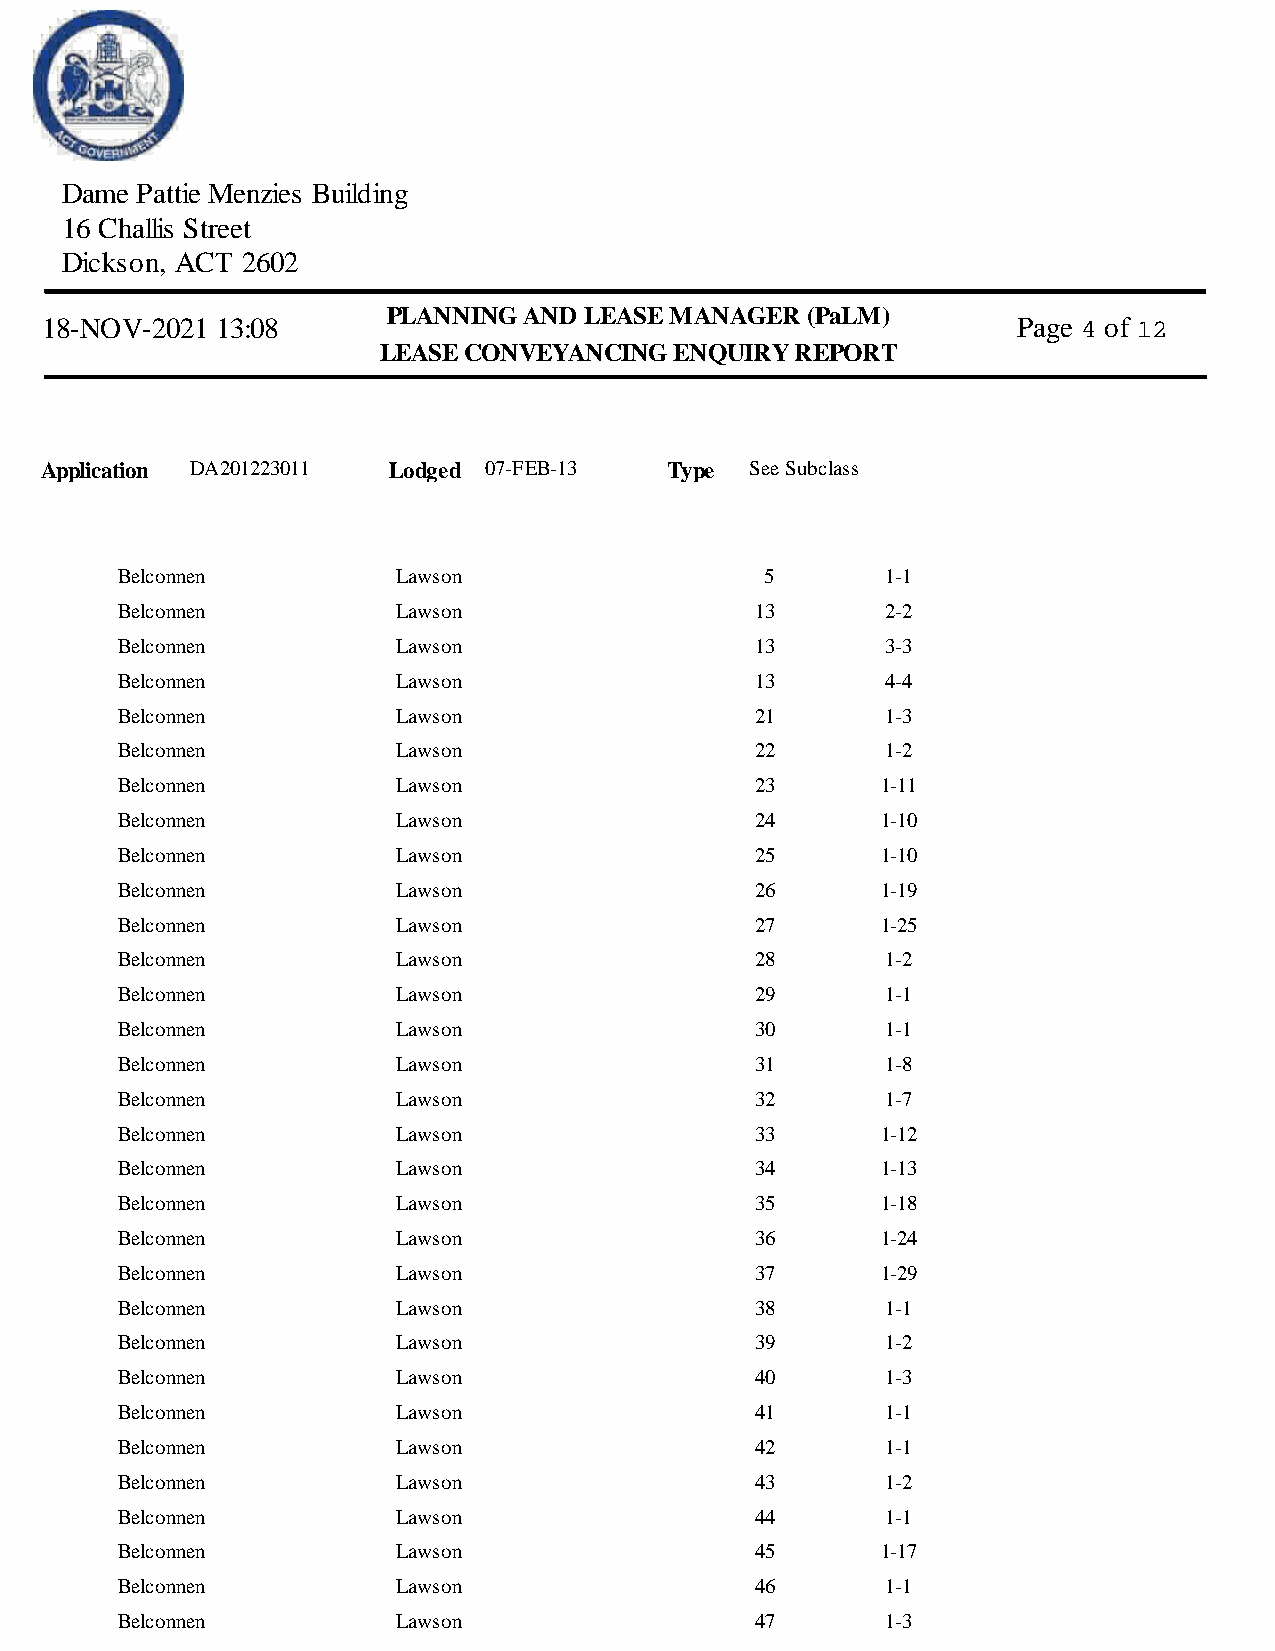
Dame Pattie Menzies Building
 16 Challis Street
 Dickson, ACT 2602
 PLANNING AND LEASE MANAGER  (PaLM)
 18-NOV-2021 13:08                                               Page 4 of 12
 LEASE CONVEYANCING  ENQUIRY  REPORT
 Application DA201223011 Lodged 07-FEB-13 Type  See Subclass
 Belconnen         Lawson                   5       1-1
 Belconnen         Lawson                  13       2-2
 Belconnen         Lawson                  13       3-3
 Belconnen         Lawson                  13       4-4
 Belconnen         Lawson                  21       1-3
 Belconnen         Lawson                  22       1-2
 Belconnen         Lawson                  23      1-11
 Belconnen         Lawson                  24      1-10
 Belconnen         Lawson                  25      1-10
 Belconnen         Lawson                  26      1-19
 Belconnen         Lawson                  27      1-25
 Belconnen         Lawson                  28       1-2
 Belconnen         Lawson                  29       1-1
 Belconnen         Lawson                  30       1-1
 Belconnen         Lawson                  31       1-8
 Belconnen         Lawson                  32       1-7
 Belconnen         Lawson                  33      1-12
 Belconnen         Lawson                  34      1-13
 Belconnen         Lawson                  35      1-18
 Belconnen         Lawson                  36      1-24
 Belconnen         Lawson                  37      1-29
 Belconnen         Lawson                  38       1-1
 Belconnen         Lawson                  39       1-2
 Belconnen         Lawson                  40       1-3
 Belconnen         Lawson                  41       1-1
 Belconnen         Lawson                  42       1-1
 Belconnen         Lawson                  43       1-2
 Belconnen         Lawson                  44       1-1
 Belconnen         Lawson                  45      1-17
 Belconnen         Lawson                  46       1-1
 Belconnen         Lawson                  47       1-3